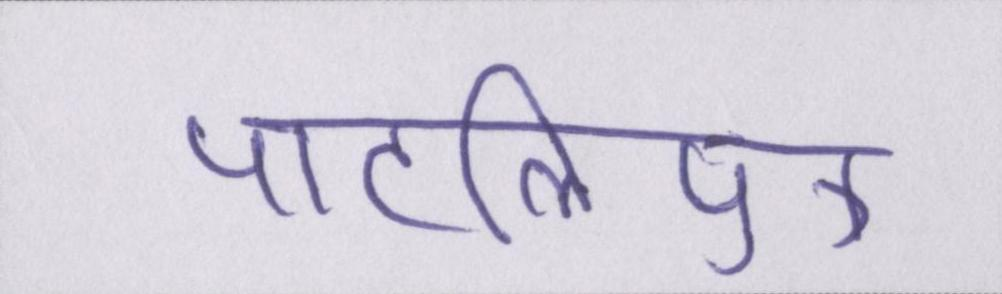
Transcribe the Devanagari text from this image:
पाटलिपुत्र